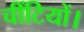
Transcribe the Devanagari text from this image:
चींटियों।